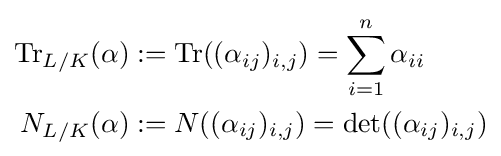
{\begin{aligned}\operatorname {Tr} _{L/K}(\alpha )&:=\operatorname {Tr} ((\alpha _{ij})_{i,j})=\sum _{i=1}^{n}\alpha _{ii}\\N_{L/K}(\alpha )&:=N((\alpha _{ij})_{i,j})=\det((\alpha _{ij})_{i,j})\end{aligned}}